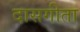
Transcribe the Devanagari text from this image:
दासगीता